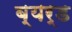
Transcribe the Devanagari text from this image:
ब्यर्ड